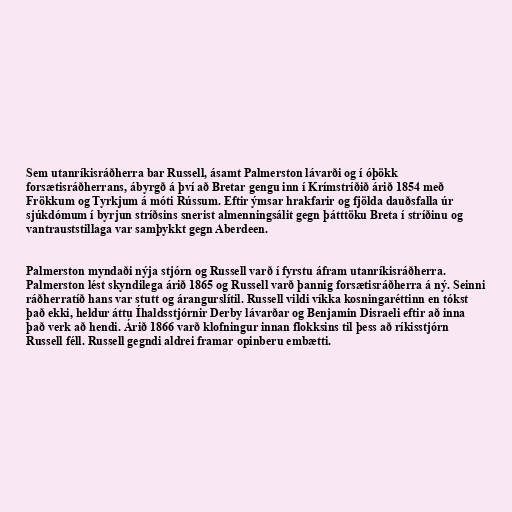
Sem utanríkisráðherra bar Russell, ásamt Palmerston lávarði og í óþökk
forsætisráðherrans, ábyrgð á því að Bretar gengu inn í Krímstríðið árið 1854 með
Frökkum og Tyrkjum á móti Rússum. Eftir ýmsar hrakfarir og fjölda dauðsfalla úr
sjúkdómum í byrjun stríðsins snerist almenningsálit gegn þátttöku Breta í stríðinu og
vantrauststillaga var samþykkt gegn Aberdeen.

Palmerston myndaði nýja stjórn og Russell varð í fyrstu áfram utanríkisráðherra.
Palmerston lést skyndilega árið 1865 og Russell varð þannig forsætisráðherra á ný. Seinni
ráðherratíð hans var stutt og árangurslítil. Russell vildi víkka kosningaréttinn en tókst
það ekki, heldur áttu Íhaldsstjórnir Derby lávarðar og Benjamin Disraeli eftir að inna
það verk að hendi. Árið 1866 varð klofningur innan flokksins til þess að ríkisstjórn
Russell féll. Russell gegndi aldrei framar opinberu embætti.